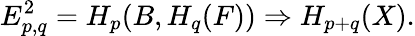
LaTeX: E_{p,q}^{2}=H_{p}(B,H_{q}(F))\Rightarrow H_{p+q}(X).